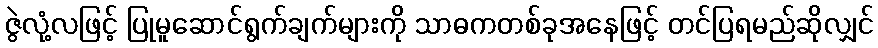
ဇွဲလုံ့လဖြင့် ပြုမူဆောင်ရွက်ချက်များကို သာဓကတစ်ခုအနေဖြင့် တင်ပြရမည်ဆိုလျှင်